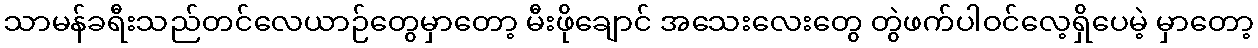
သာမန်ခရီးသည်တင်လေယာဉ်တွေမှာတော့ မီးဖိုချောင် အသေးလေးတွေ တွဲဖက်ပါဝင်လေ့ရှိပေမဲ့ မှာတော့